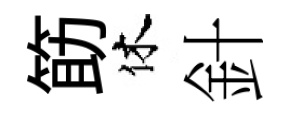
筯休針